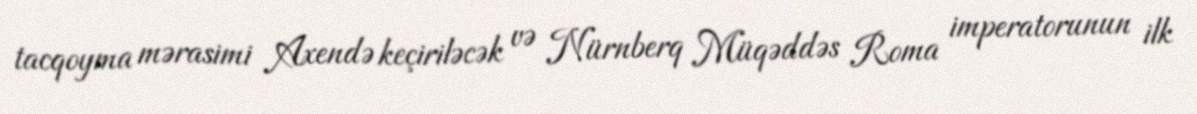
tacqoyma mərasimi Axendə keçiriləcək və Nürnberq Müqəddəs Roma imperatorunun ilk